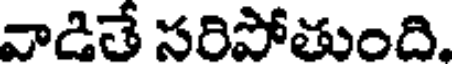
వాడితే సరిపోతుంది.